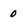
Character: 0